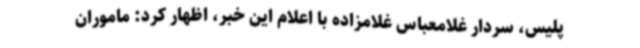
پلیس، سردار غلامعباس غلامزاده با اعلام این خبر، اظهار کرد: ماموران